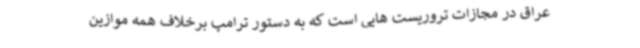
عراق در مجازات تروریست هایی است که به دستور ترامپ برخلاف همه موازین